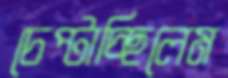
চেপ্‌টাচ্ছিলেম